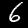
Label: 6